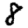
Digit: 8